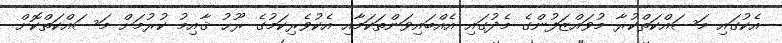
އެކުގައި މަސައްކަތްކުރާ މުވައްޒަފުންގެ މެދުގައި އެއްބައިވަންތަކަމާއި އެކުވެރިކަމުގެ ރޫޙު ޤާއިމު ކުރުމަށް މަސައްކަތްކޮށް